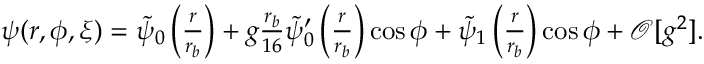
\begin{array} { r } { \psi ( r , \phi , \xi ) = \tilde { \psi } _ { 0 } \left( \frac { r } { r _ { b } } \right) + g \frac { r _ { b } } { 1 6 } \tilde { \psi } _ { 0 } ^ { \prime } \left( \frac { r } { r _ { b } } \right) \cos \phi + \tilde { \psi } _ { 1 } \left( \frac { r } { r _ { b } } \right) \cos \phi + \mathcal { O } [ g ^ { 2 } ] . } \end{array}